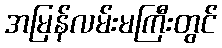
အမြန်လမ်းမကြီးတွင်